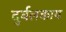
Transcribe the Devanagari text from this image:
दुर्बलकाय